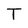
Character: T